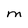
Character: M